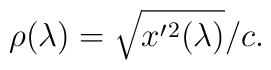
\rho (\lambda ) =  \sqrt{ x'{}^2 (\lambda )} /c.